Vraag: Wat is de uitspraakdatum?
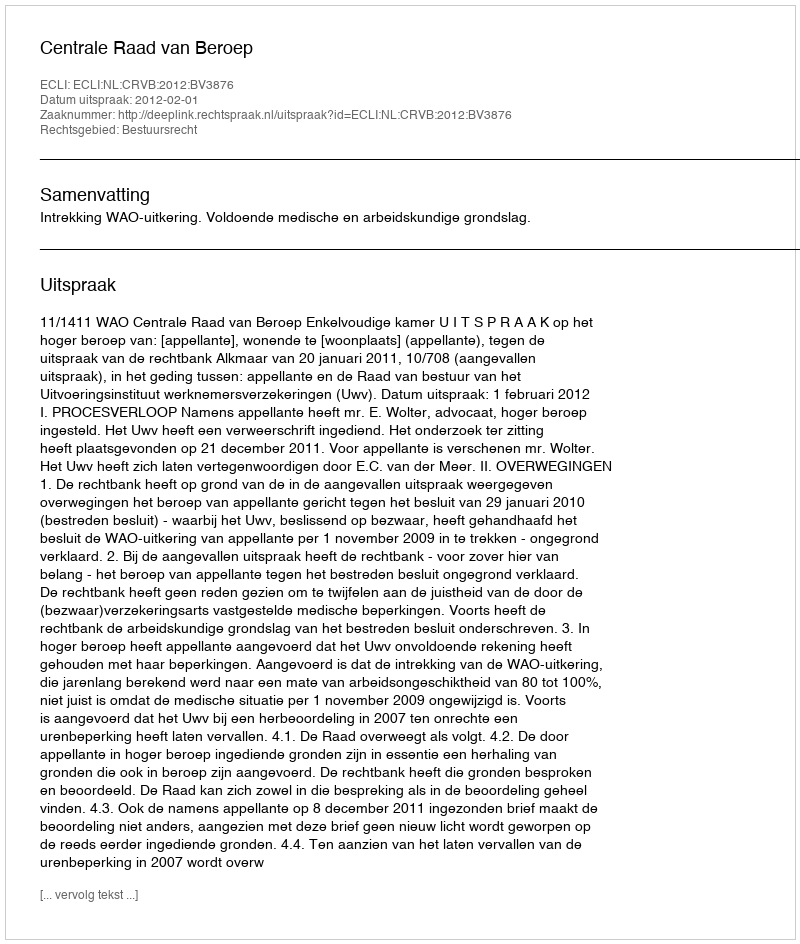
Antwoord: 2012-02-01